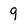
Character: 9